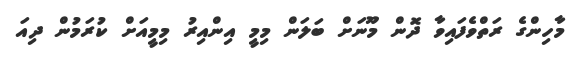
މާހިންގެ ރަތްވެފައިވާ ދޮން މޫނަށް ބަލަން މިމީ އިންއިރު މިމީއަށް ކުރަމުން ދިއަ